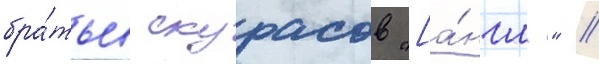
бра́тьев скурасов "[а́нгл." /